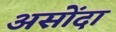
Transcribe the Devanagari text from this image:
असोंदा